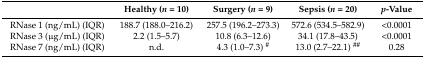
<table><thead><tr><td></td><td><b>Healthy (<i>n</i> = 10)</b></td><td><b>Surgery (<i>n</i> = 9)</b></td><td><b>Sepsis (<i>n</i> = 20)</b></td><td><b><i>p</i>-Value</b></td></tr></thead><tbody><tr><td>RNase 1 (ng/mL) (IQR)</td><td>188.7 (188.0–216.2)</td><td>257.5 (196.2–273.3)</td><td>572.6 (534.5–582.9)</td><td>&lt;0.0001</td></tr><tr><td>RNase 3 (μg/mL) (IQR)</td><td>2.2 (1.5–5.7)</td><td>10.8 (6.3–12.6)</td><td>34.1 (17.8–43.5)</td><td>&lt;0.0001</td></tr><tr><td>RNase 7 (ng/mL) (IQR)</td><td>n.d.</td><td>4.3 (1.0–7.3) <sup>#</sup></td><td>13.0 (2.7–22.1) <sup>##</sup></td><td>0.28</td></tr></tbody></table>